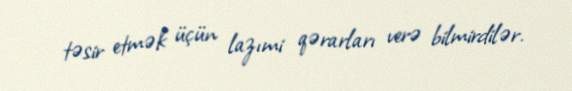
təsir etmək üçün lazımi qərarları verə bilmirdilər.